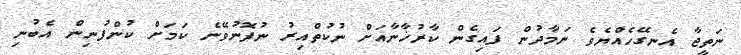
ނަތީޖާ އެނގޭހެއްޔެވެ ނަމާދުން ފައިގެން ކާރުޚާނާއަށް ނުކުތްއިރު ނުފޮނުވޭނެ ކަމަށް ކުންފުނިން އެބުނި